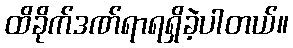
ထိခိုက်ဒဏ်ရာရရှိခဲ့ပါတယ်။